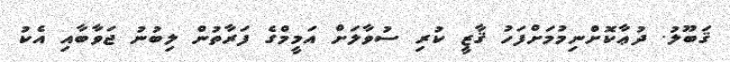
ޤަބޫލު. ދުޢާކޮށްނިމުމަށްފަހު ޤާޒީ ކުރި ސުވާލަށް އަމީމްގެ ފަރާތުން ލިބުނު ޖަވާބާއި އެކު